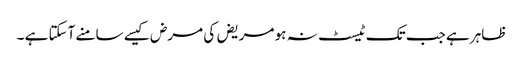
ظاہر ہے جب تک ٹیسٹ نہ ہو مریض کی مرض کیسے سامنے آسکتا ہے ۔